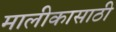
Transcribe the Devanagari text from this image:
मालीकासाठी